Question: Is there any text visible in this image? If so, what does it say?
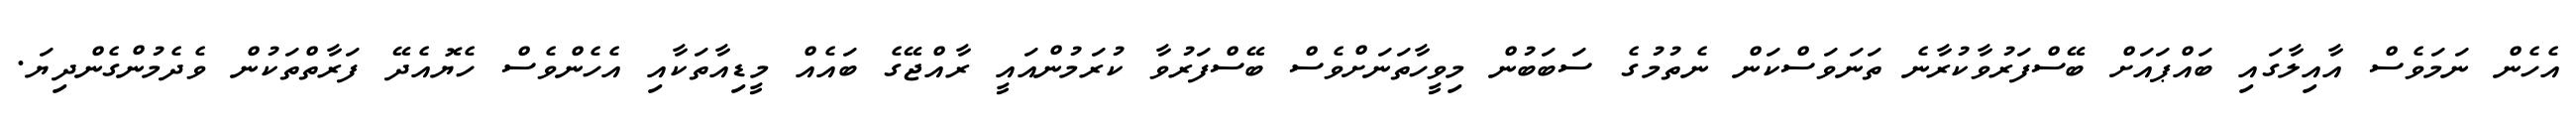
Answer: އެހެން ނަމަވެސް އާއިލާގައި ބައްޕައަށް ބޭސްފަރުވާކުރާނެ ތަނަވަސްކަން ނެތުމުގެ ސަބަބުން މިވީހާތަނަށްވެސް ބޭސްފަރުވާ ކުރަމުންއައީ ރާއްޖޭގެ ބައެއް މީޑިއާތަކާއި އެހެންވެސް ހެޔޮއެދޭ ފަރާތްތަކުން ވެދެމުންގެންދިޔަ.